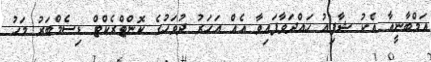
އަމްބާނީއާ އެކު ޝާފިއު ހައްދަވާފައިވާ އެއް އަހަރު ދުވަހުގެ ކޮންޓްރެކްޓް ޑިސެމްބަރު މަހު